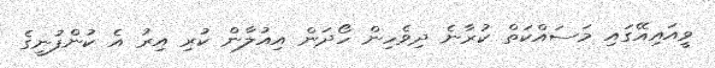
ވީއައިއޭގައި މަސައްކަތް ކުރާނެ ދިވެހިން ހޯދަން އިއުލާން ކުރި އިރު އެ ކުންފުނީގެ